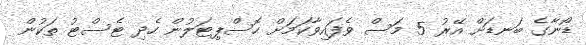
ޑޯނާގެ ބަނޑަށް އޭރު 5 މަސް ވެފައިވާކަމަށް ހޮސްޕިޓަލުން ހެދި ޓެސްޓު ތަކުން